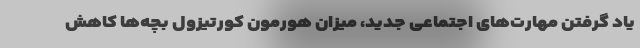
یاد گرفتن مهارت‌های اجتماعی جدید، میزان هورمون کورتیزول بچه‌ها کاهش